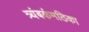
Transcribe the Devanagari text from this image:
त्र्यंबकंमठिका